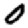
Digit: 0